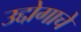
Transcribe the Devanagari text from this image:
उद्दोगाचे